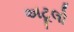
અટૂલો